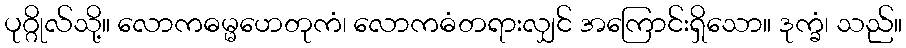
ပုဂ္ဂိုလ်သို့။ လောကဓမ္မဟေတုကံ၊ လောကဓံတရားလျှင် အကြောင်းရှိသော။ ဒုက္ခံ၊ သည်။